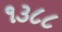
૧૩૮૮